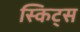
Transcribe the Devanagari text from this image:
स्किट्स